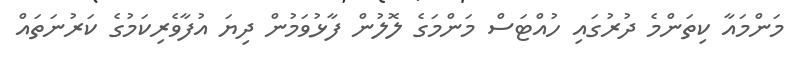
މަންމައާ ކިތަންމެ ދުރުގައި ހުއްޓަސް މަންމަގެ ލޮލުން ފާޅުވަމުން ދިޔަ އުފާވެރިކަމުގެ ކަރުނަތައް